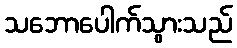
သဘောပေါက်သွားသည်